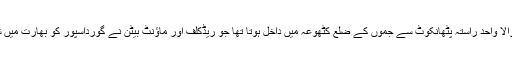
بھارت کو جموں کشمیر سے ملانے والا واحد راستہ پٹھانکوٹ سے جموں کے ضلع کٹھوعہ میں داخل ہوتا تھا جو ریڈکلف اور ماؤنٹ بیٹن نے گورداسپور کو بھارت میں شامل کر کے بھارت کو مہیا کیا تھا ۔